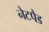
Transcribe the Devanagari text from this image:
नेटपैड